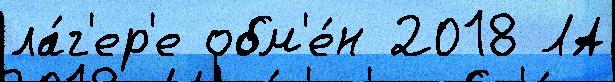
ла́г'ер'е обм'е́н 2018 ЛА